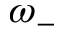
\omega _ { - }